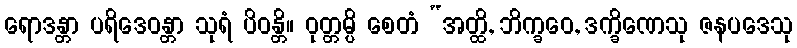
ရောဒန္တာ ပရိဒေဝန္တာ သုရံ ပိဝန္တိ။ ဝုတ္တမ္ပိ စေတံ “အတ္ထိ, ဘိက္ခဝေ, ဒက္ခိဏေသု ဇနပဒေသု